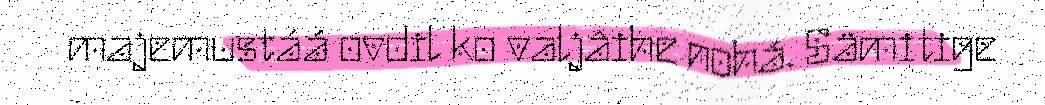
majemustáá ovdil ko valjâihe nohá. Sämitige